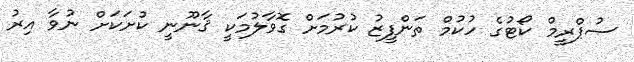
ސުޕްރީމް ކޯޓުގެ ހުކުމް ތަންފީޒު ކުރުމަށް ގޮވާލުމަކީ ޤާނޫނީ ކުށަކަށް ނުވާ އިރު